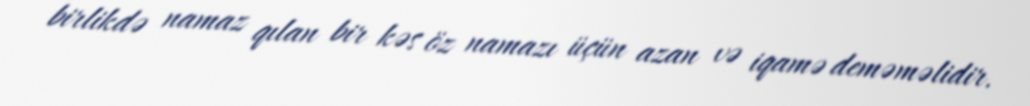
birlikdə namaz qılan bir kəs öz namazı üçün azan və iqamə deməməlidir.